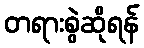
တရားစွဲဆိုရန်